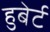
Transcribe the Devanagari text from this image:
हुबेर्ट